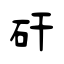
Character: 矸